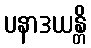
ပနာဒယန္တိ